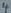
Text: 4